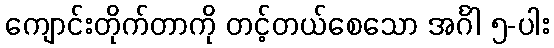
ကျောင်းတိုက်တာကို တင့်တယ်စေသော အင်္ဂါ ၅-ပါး